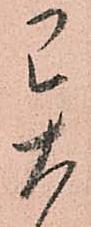
異